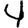
Digit: 4